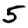
Digit: 5